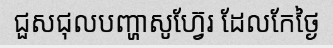
ជួសជុលបញ្ហាសូហ្វ៊ែរ ដែលកែថ្ងៃ